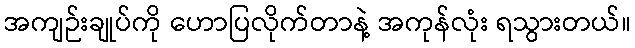
အကျဉ်းချုပ်ကို ဟောပြလိုက်တာနဲ့ အကုန်လုံး ရသွားတယ်။